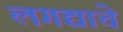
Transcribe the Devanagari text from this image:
लगद्याचे